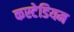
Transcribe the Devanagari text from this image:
कस्टेडियम